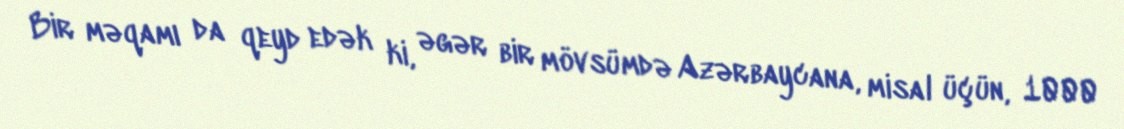
Bir məqamı da qeyd edək ki, əgər bir mövsümdə Azərbaycana, misal üçün, 1000